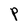
Character: P